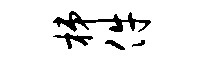
梯件